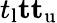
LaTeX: t_{\mathrm{l}}\le t\le t_{\mathrm{u}}